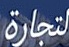
التجارة